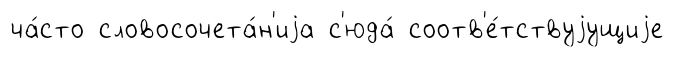
ча́сто словосочета́н'иjа с'юда́ соотв'е́тствуjущиjе